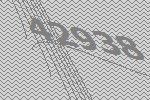
42938